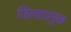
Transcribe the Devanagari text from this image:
जिल्हाप्रमुख